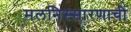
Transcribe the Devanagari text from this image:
मलनिस्सारणाची